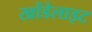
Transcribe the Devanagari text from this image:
खोंडेलाइट